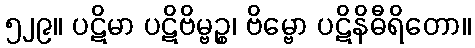
၅၂၉။ ပဋိမာ ပဋိဗိမ္ဗဉ္စ၊ ဗိမ္ဗော ပဋိနိဓီရိတော။